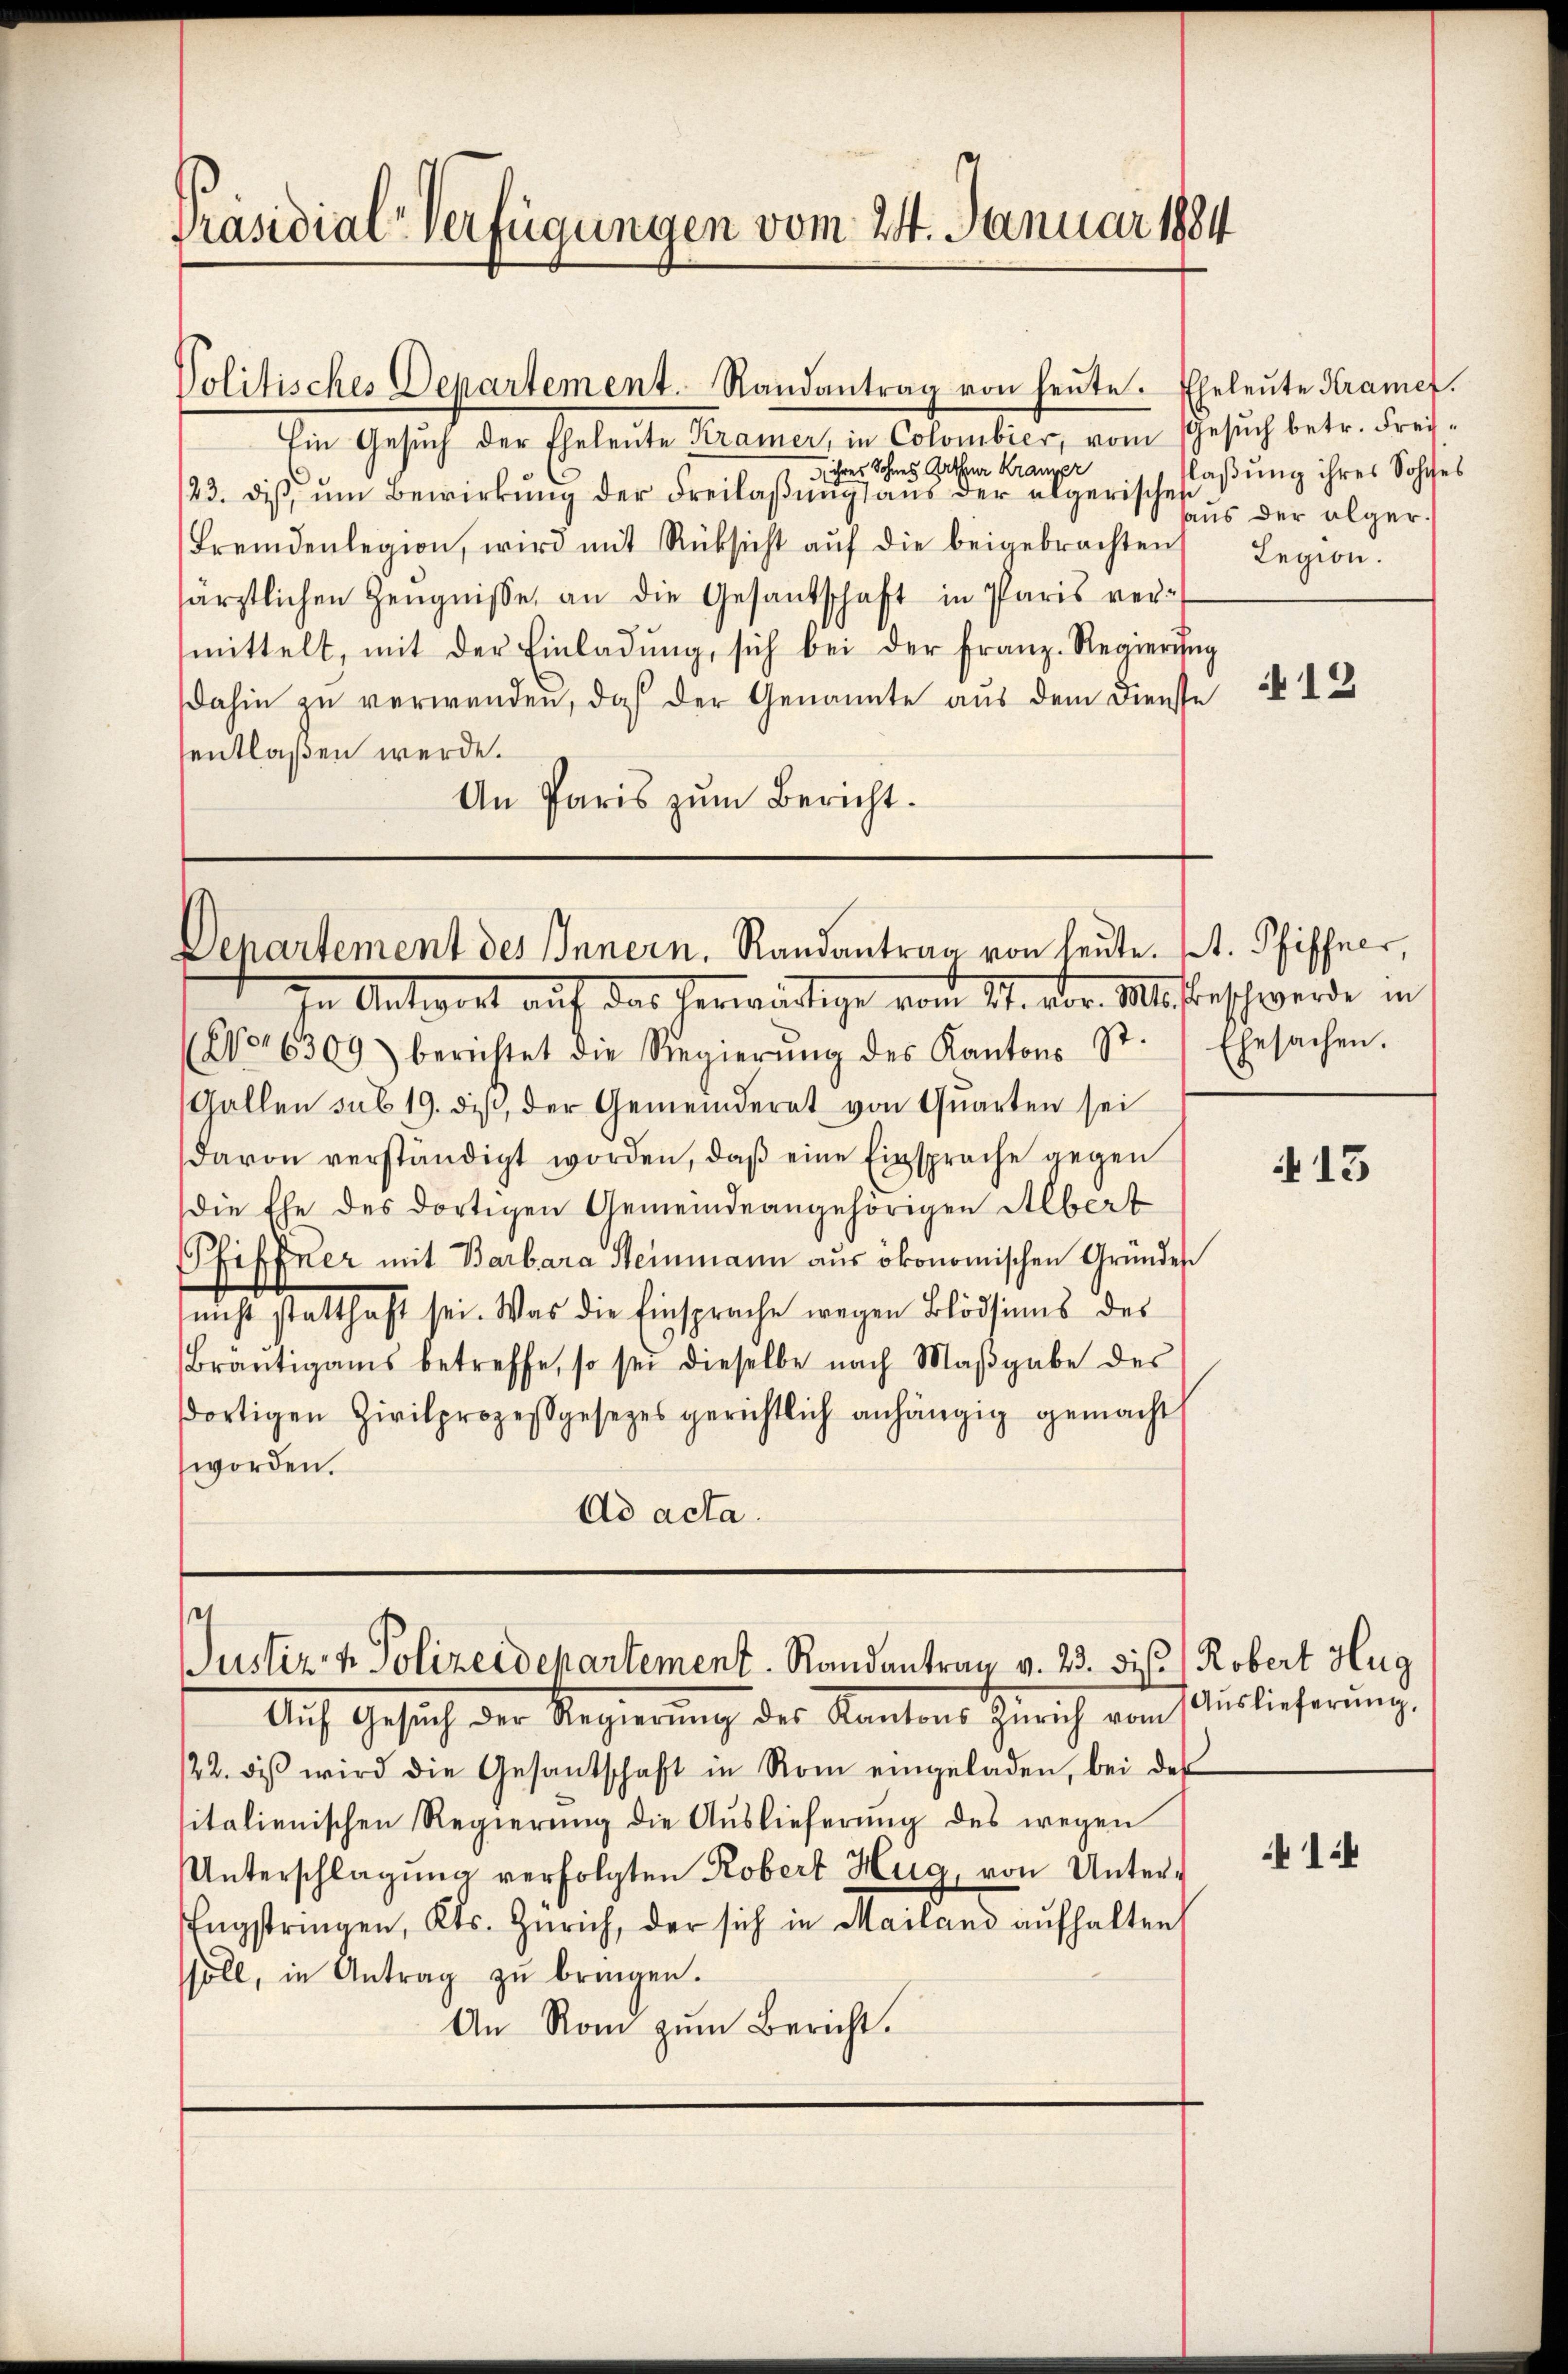
Präsidial-Verfügungen vom 24. Januar 1884

Politisches Departement. Randantrag von heŭte. Eheleŭte Kramer.
Ein Gesŭch der Eheleŭte Kramer, in Colombier, vom Gesŭch betr. Frei-
 ihres Sohnes Arthur Kranzpr
123. Diß, um Bewirkung der Freilaßung aus der algerische saßung ihres Sohnes
Fremdenlegion, wird mit Rüksicht aŭf die beigebrachten
särztlichen Zeŭgnisse an die Gesantschaft in Paris ver-
mittelt, mit der Einladŭng, sich bei der Franz-Regierŭng
dahin zu verwenden, daß der Genannte aus dem Dienste
entlaßen werde.
An Paris zŭm Bericht.

Departement des Innern, Randantrag von heute. St. Pfiffner,

Antwort auf das herwärtige vom 11. Der Mitbeschwerde in
67016309) berichtet die Regierŭng des Kantons Sr. Ehesachen.
Gallen sub 19. diβ, der Gemeinderat von Quarten sei
davon verständigt worden, daß eine Einsprache gegen
die Ehe des dortigen Gemeindeangehörigen Albert
Pfiffner mit Barbara Steinmann aus ökonomischen Gründes
nicht statthaft sei. Was die Einsprache wegen Blödsinns des
Bräŭtigams betreffe, so sei dieselbe nach Maβgabe des
βortigen Zivilprozessgesetzes gerichtlich anhängig gemacht
worden.
Ad acta.

et
Justiz- & Polizeidepartement. Randantrag v. 23. ds. Robert Hug

Auf Gesuch der Regierung des Kantons Zürich von
122. diβ wird die Gesandschaft in Rom eingeladen, bei der
sitalienischen Regierŭng die Aŭslieferŭng des wegen
Unterschlagung verfolgten Robert Hug, von Unter-
Tngstringen, Kts. Zürich, der sich in Mailand aufhalten,
soll, in Antrag zŭ bringen.
An Rom zum Bericht.

haus der alger.
Legion.

12

i 13

Auslieferung.

1:4